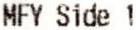
MFY SIDE 1